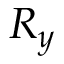
R _ { y }